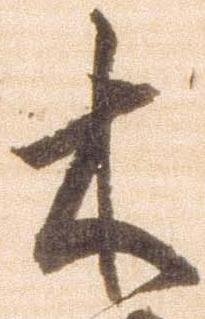
木